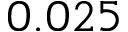
0 . 0 2 5